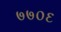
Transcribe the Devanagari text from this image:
७७०६